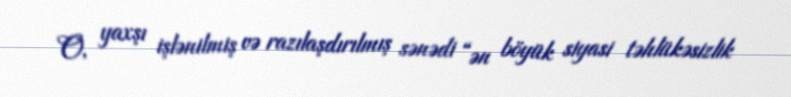
O, yaxşı işlənilmiş və razılaşdırılmış sənədi “ən böyük siyasi təhlükəsizlik